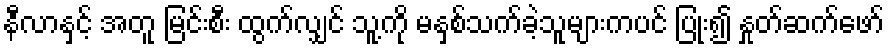
နီလာနှင့် အတူ မြင်းစီး ထွက်လျှင် သူ့ကို မနှစ်သက်ခဲ့သူများကပင် ပြုံး၍ နှုတ်ဆက်ဖော်